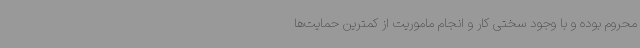
محروم بوده و با وجود سختی کار و انجام ماموریت از کمترین حمایت‌ها